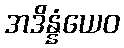
အဒိန္နံယေဝ